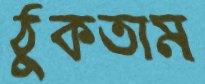
ঠুকতাম